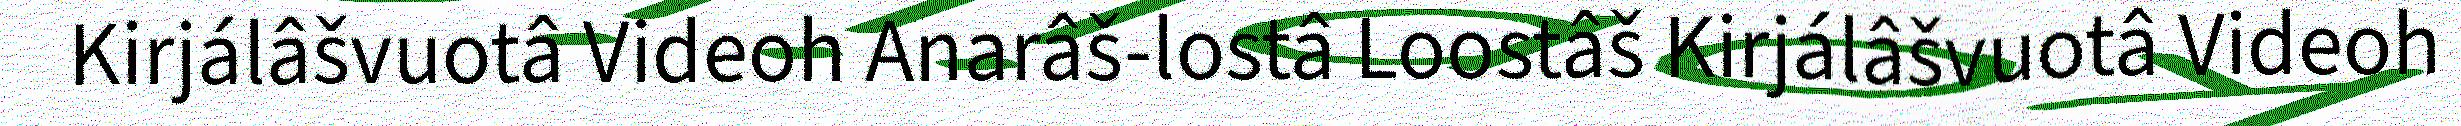
Kirjálâšvuotâ Videoh Anarâš-lostâ Loostâš Kirjálâšvuotâ Videoh